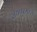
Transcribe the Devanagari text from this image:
रायपूरमध्ये